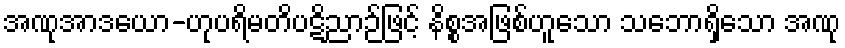
အဏုအာဒယော-ဟုပရိမတိပဋိညာဉ်ဖြင့် နိစ္စအဖြစ်ဟူသော သဘောရှိသော အဏု